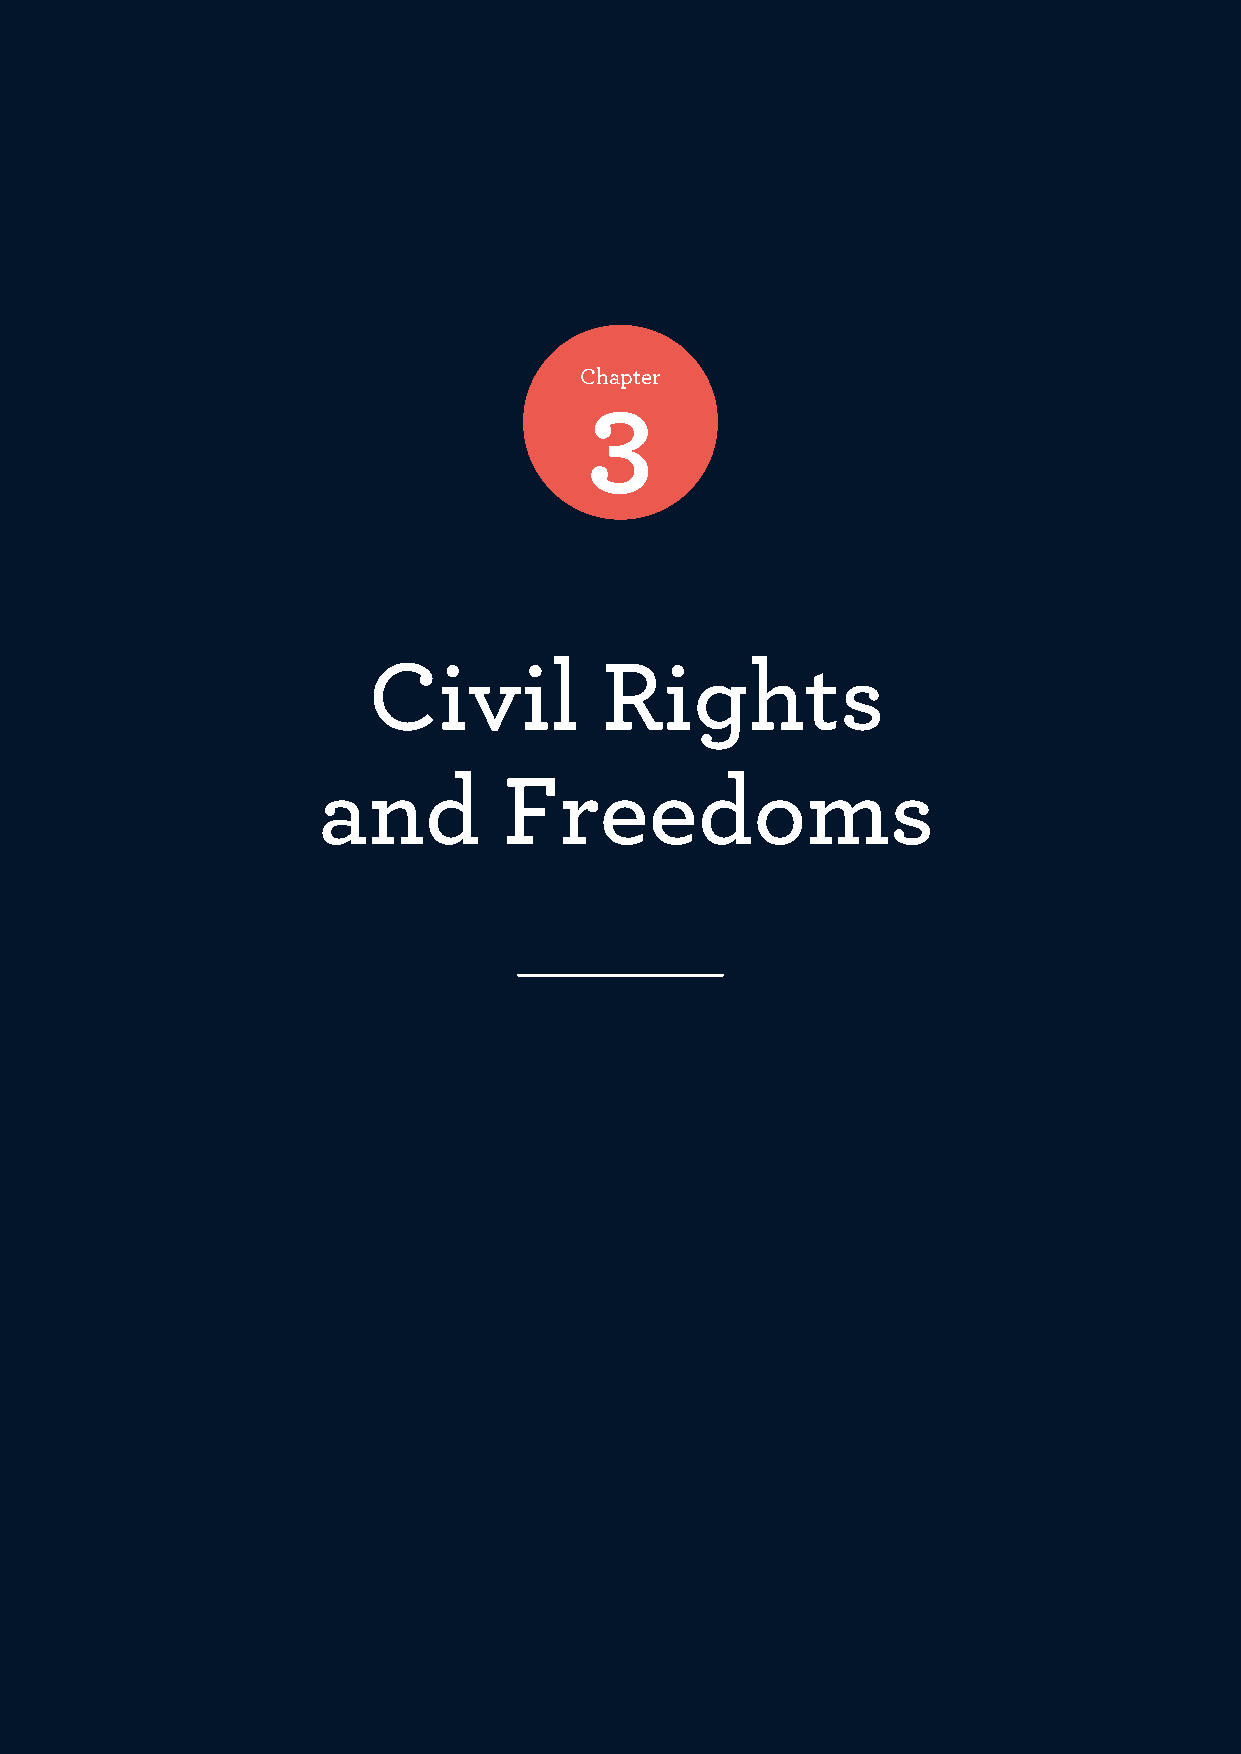
Chapter
 3
 Civil           Rights
 and         Freedoms